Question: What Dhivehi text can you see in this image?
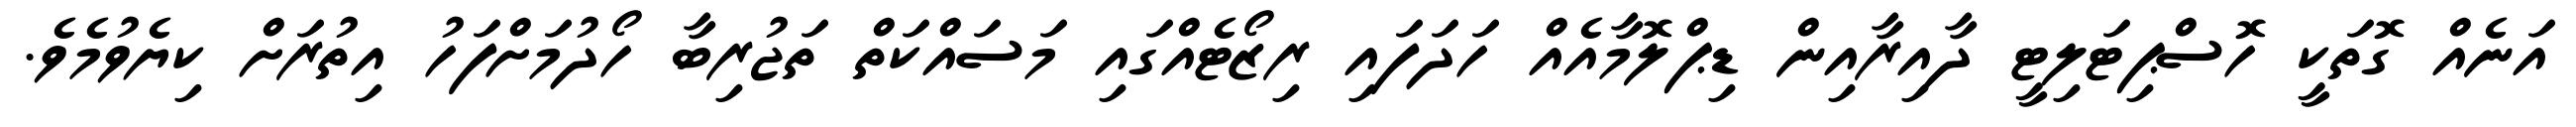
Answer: އަނެއް ގޮތަކީ ހޮސްޕިޓަލިޓީ ދާއިރާއިން ޑިޕްލޮމާއެއް ހަދަފައި ރިޒޯޓެއްގައި މަސައްކަތް ތަޖުރިބާ ހޯދުމަށްފަހު އިތުރަށް ކިޔެވުމެވެ.